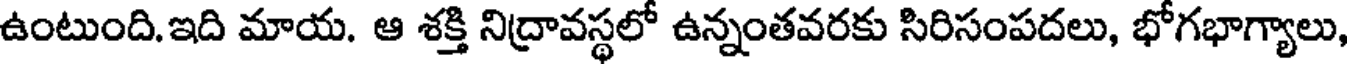
ఉంటుంది.ఇది మాయ. ఆ శక్తి నిద్రావస్థలో ఉన్నంతవరకు సిరిసంపదలు, భోగభాగ్యాలు,